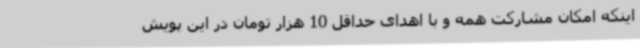
اینکه امکان مشارکت همه و با اهدای حداقل 10 هزار تومان در این پویش